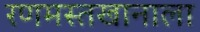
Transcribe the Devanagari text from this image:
रणमस्तखानाला